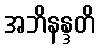
အဘိနန္ဒတိ